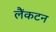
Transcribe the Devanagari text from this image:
लैंकटन